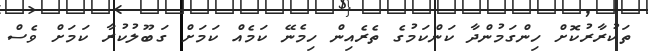
ތަކުރާރުކޮށް ހިންގަމުންދާ ކަންކަމުގެ ތެރެއިން ހިމެނޭ ކަމެއް ކަމަށް ގަބޫލުކުރާ ކަމަށް ވެސް